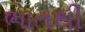
ભાતથી